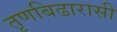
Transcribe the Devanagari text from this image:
तृणबिढारासी